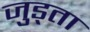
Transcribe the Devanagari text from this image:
जुड्ता